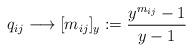
LaTeX: \begin{gather*}q_{ij} \longrightarrow [m_{ij}]_{y}:= \frac{y^{m_{ij}}-1}{y-1}\end{gather*}